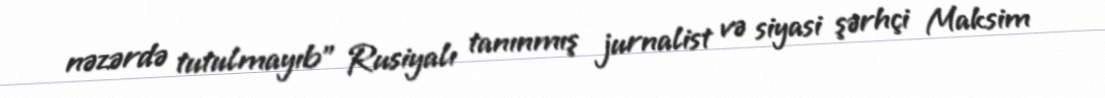
nəzərdə tutulmayıb” Rusiyalı tanınmış jurnalist və siyasi şərhçi Maksim